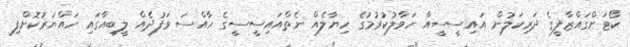
ކޯޓަށްގައްޒާފީގެ ދަރިކަލުން އައިސީސީއާ ހަވާލުކުރުމުގެ ހިޔާލެއް ނެތްއައިސީސީގެ ހާއްސަ ވަފުދެއް ލީބިއާގައި ހައްޔަރުކޮށްފި